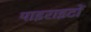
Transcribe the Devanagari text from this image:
पाइराइटों